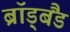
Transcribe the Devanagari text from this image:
ब्रॉड्बैंड